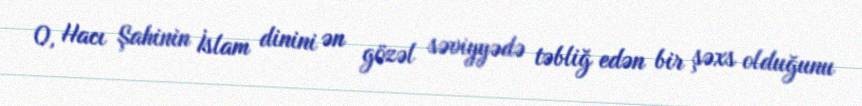
O, Hacı Şahinin İslam dinini ən gözəl səviyyədə təbliğ edən bir şəxs olduğunu